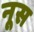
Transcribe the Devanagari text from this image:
नूस